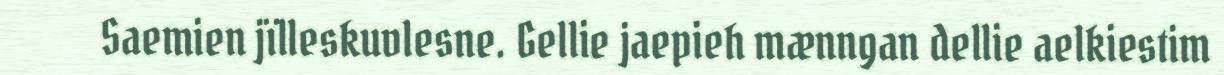
Saemien jïlleskuvlesne. Gellie jaepieh mænngan dellie aelkiestim